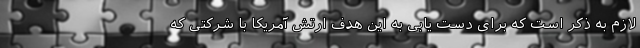
لازم به ذکر است که برای دست یابی به این هدف ارتش آمریکا با شرکتی که